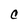
Character: C